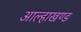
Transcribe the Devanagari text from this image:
आल्हाखण्ड